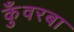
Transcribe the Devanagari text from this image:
कुँवरबा